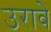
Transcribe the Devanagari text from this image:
उरावे